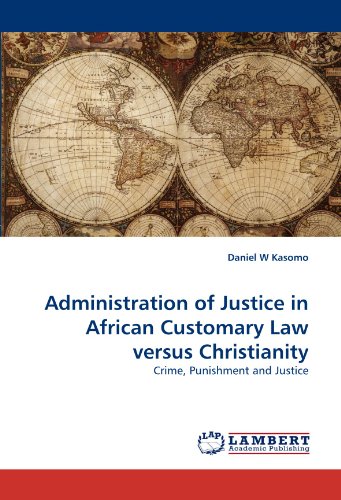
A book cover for Administration of Justice in African Customary Law versus Christianity: Crime, Punishment and Justice; Daniel  W Kasomo; Law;